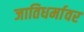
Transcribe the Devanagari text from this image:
जातिधर्मावर